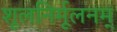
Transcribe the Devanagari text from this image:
शूलनिर्मूलनम्